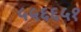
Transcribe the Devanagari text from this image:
५५६६५१